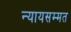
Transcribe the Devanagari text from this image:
न्यायसम्मत